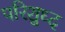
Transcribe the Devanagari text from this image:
परिशुध्द